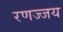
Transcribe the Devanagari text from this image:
रणज्जय